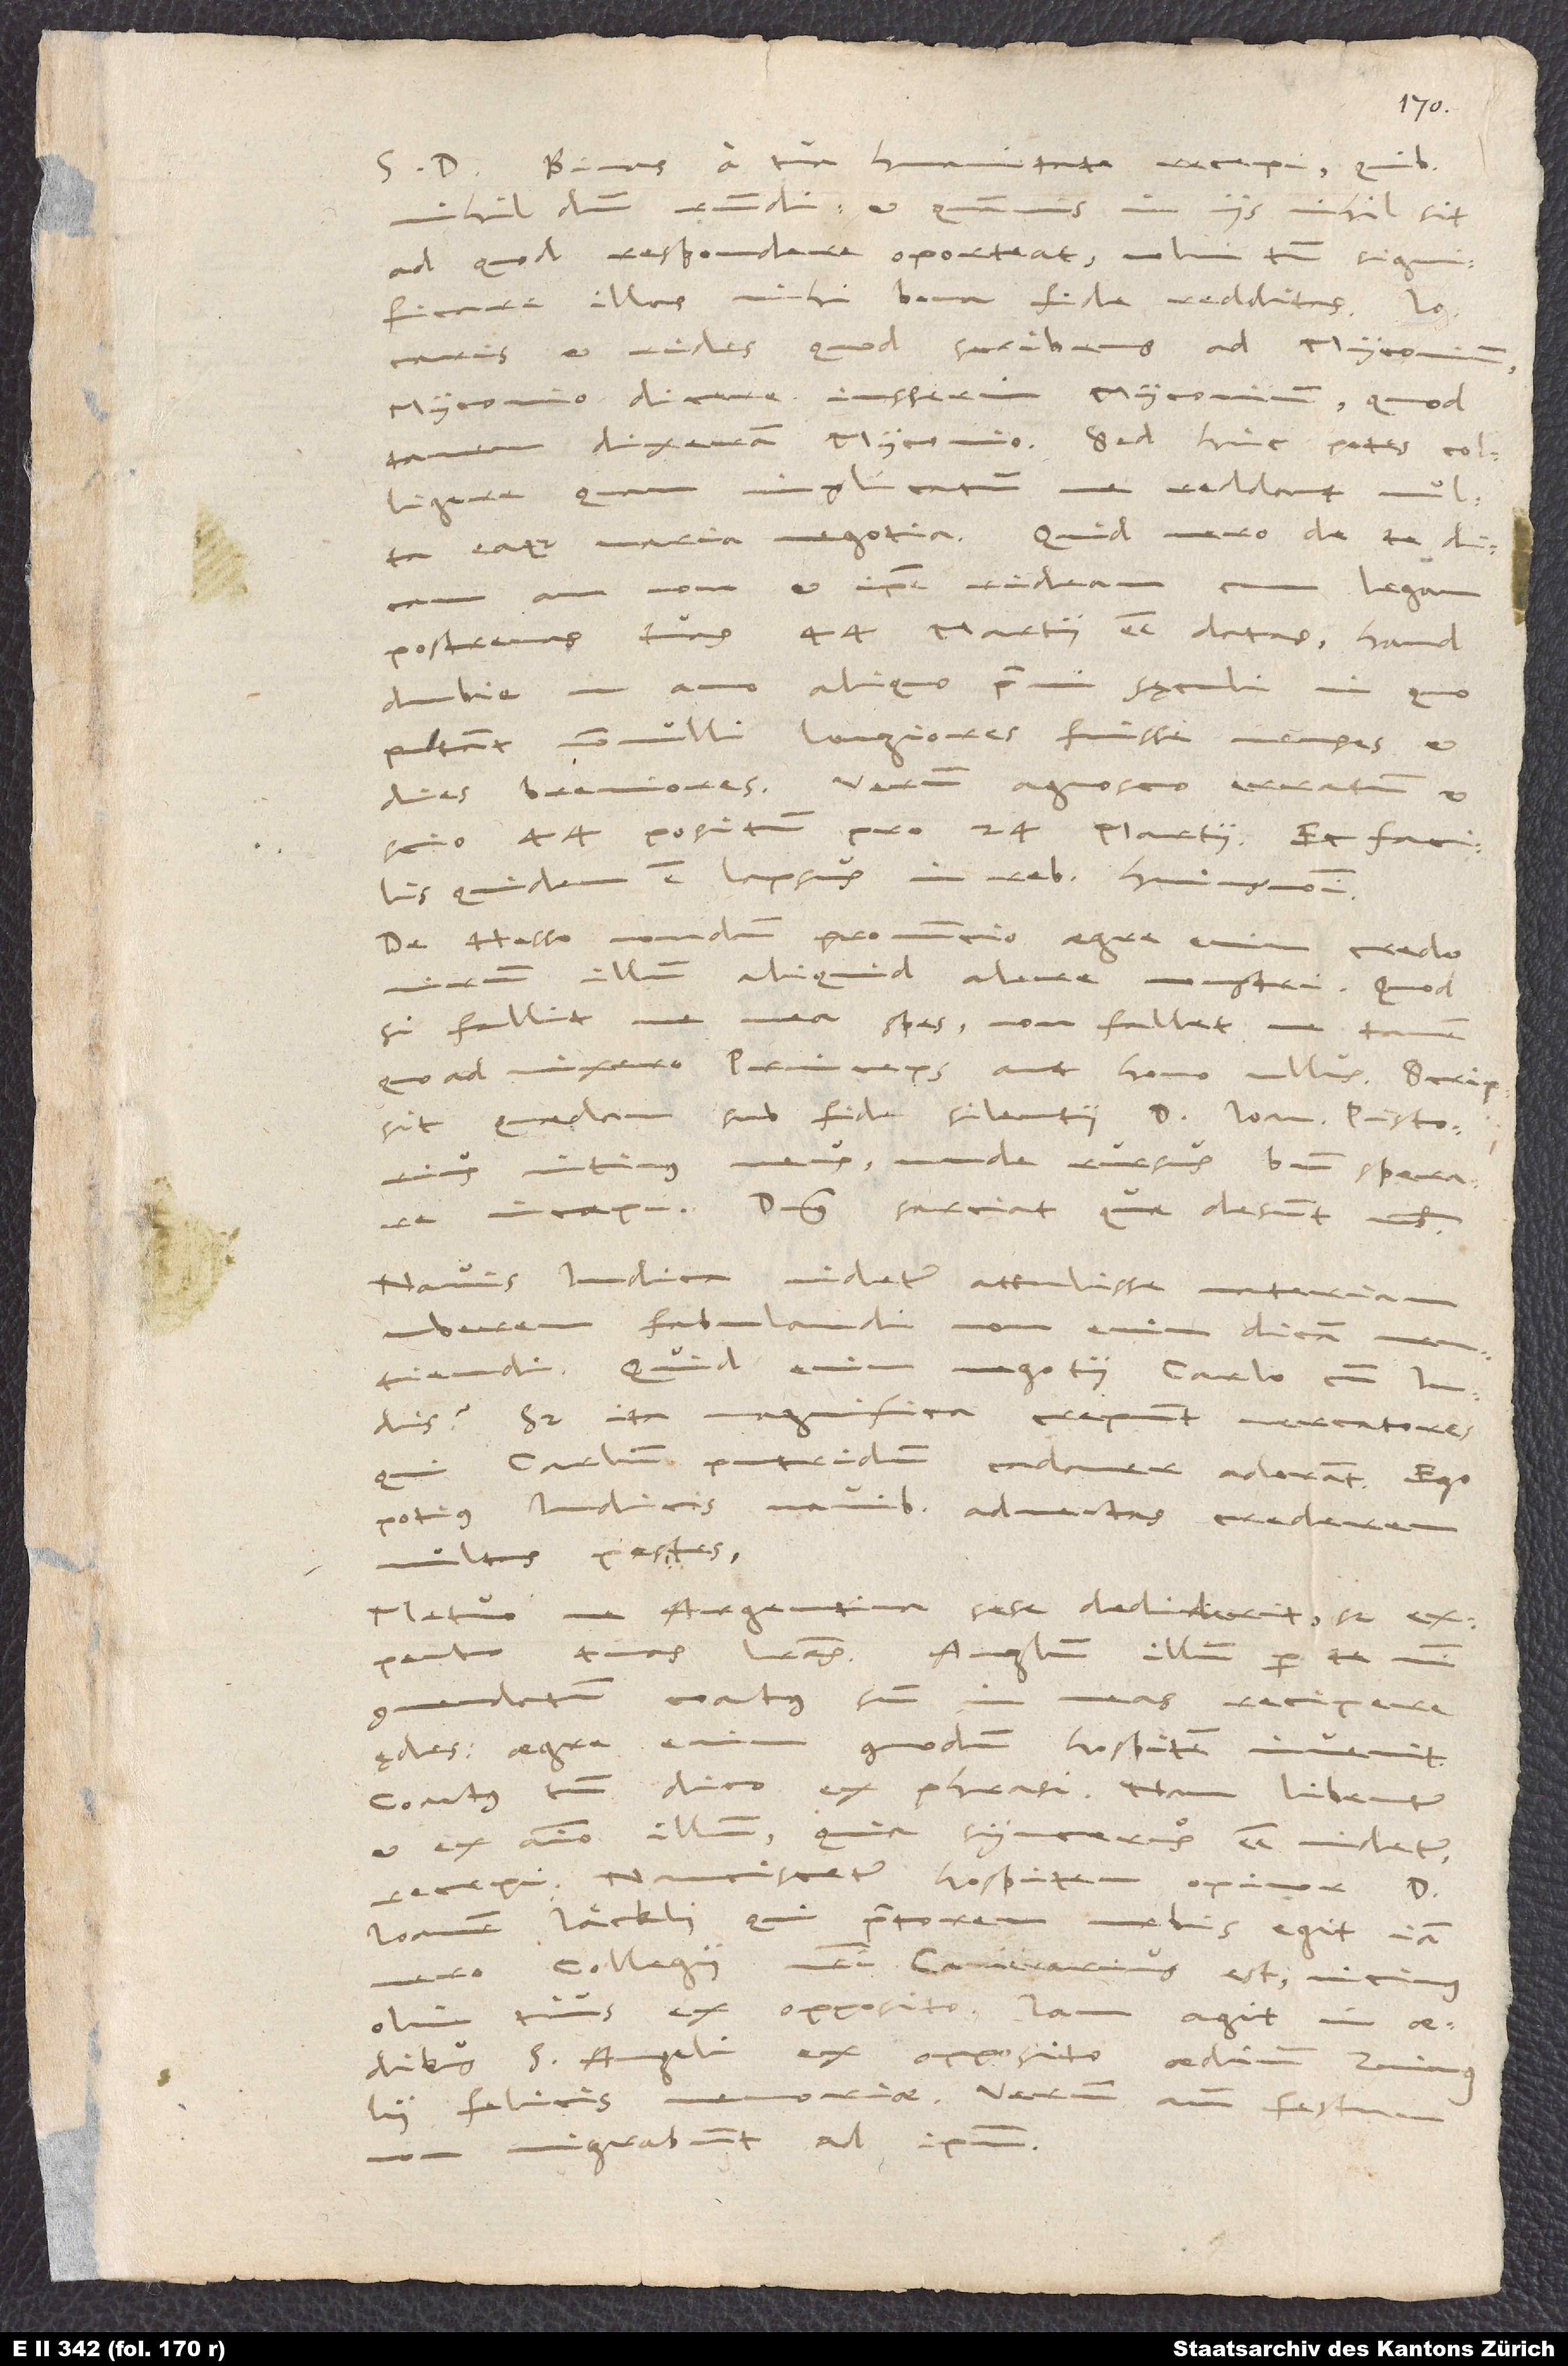
humanitate recepi,
S. D. Binas a tua
nihildum respondi. Et quamvis in iis nihil sit,
ad quod respondere oporteat, volui tamen significare
illas mihi bona fide redditas.
Iocaris et rides, quod scribens ad Myconium
Myconio dicere iusserim Myconium, quod
tamen dixeram Myconio. Sed hinc potes colligere,
quam implicatum me reddant multa
eaque varia negotia. Quid vero de te dicam,
annon et ipse rideam, cum legam
postremas tuas 44. martii esse datas, haud
dubie in anno aliquo primi sęculi, in quo
putant nonnulli longiores fuisse menses et
dies breviores. Verum agnosco erratum et
scio 44. positum pro 24. martii. Et facilis
quidem est lapsus in rebus huiusmodi.
De Hesso nondum pronuncio. Aegre enim credo
illum aliquid alere monstri. Quodsi
fallit me mea spes, non fallet me tamen,
quoad vixero, princeps aut homo ullus. Scripsit
quaedam sub fide silentii d. Ioannes Pistorius,
intimus meus, unde rursus bene sperare
incoepi. Dominus sarciat, quae desunt nobis.
Navis Indica videtur attulisse materiam
uberem fabulandi (non enim dicam mentiendi).
Quid enim negotii Carolo cum Indis?
Sed ita magnifica crepunt mercatores,
Carolum, putridum
cadaver, adorant. Ego
potius Indicis
navibus advectas crederem
multas pestes!
Metuo, ne Argentina sese dediderit, sed expecto
commendatum coactus sum
meas recipere
ędes. Aegre enim comodum hospitem invenit.
„Coactus“ tamen dico ex phrasi; nam libenter
et ex animo illum, quia syncerus esse videtur,
recepi. Nanciscetur hospitem, opinor, d.
Ioannem Jäckli, qui praetorem urbis agit, iam
vero collegii nostri camerarius est, vicinus
olim tuus ex opposito. Iam agit in
aedibus S. Angeli ex opposito aedium Zvinglii
memoriae. Verum ante festum
felicis
migrabunt ad ipsum.